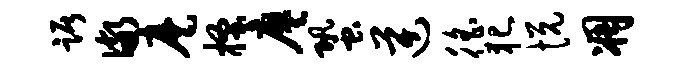
踞儆麾搔廖蛩逆徭犯悦凋